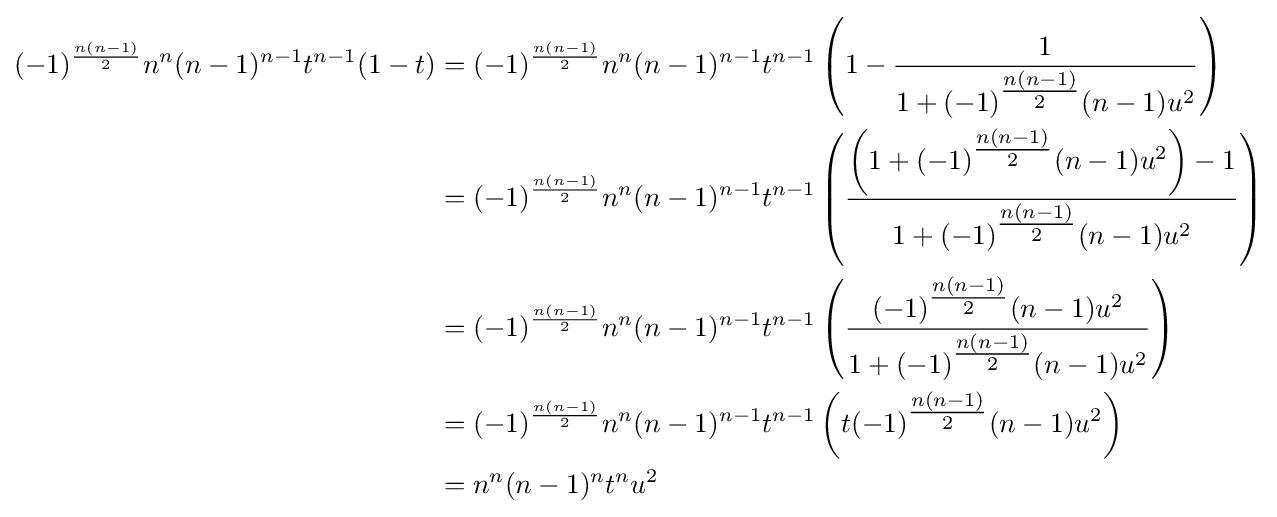
{\begin{aligned}(-1)^{\frac {n(n-1)}{2}}n^{n}(n-1)^{n-1}t^{n-1}(1-t)&=(-1)^{\frac {n(n-1)}{2}}n^{n}(n-1)^{n-1}t^{n-1}\left(1-{\frac {1}{1+(-1)^{\tfrac {n(n-1)}{2}}(n-1)u^{2}}}\right)\\&=(-1)^{\frac {n(n-1)}{2}}n^{n}(n-1)^{n-1}t^{n-1}\left({\frac {\left(1+(-1)^{\tfrac {n(n-1)}{2}}(n-1)u^{2}\right)-1}{1+(-1)^{\tfrac {n(n-1)}{2}}(n-1)u^{2}}}\right)\\&=(-1)^{\frac {n(n-1)}{2}}n^{n}(n-1)^{n-1}t^{n-1}\left({\frac {(-1)^{\tfrac {n(n-1)}{2}}(n-1)u^{2}}{1+(-1)^{\tfrac {n(n-1)}{2}}(n-1)u^{2}}}\right)\\&=(-1)^{\frac {n(n-1)}{2}}n^{n}(n-1)^{n-1}t^{n-1}\left(t(-1)^{\tfrac {n(n-1)}{2}}(n-1)u^{2}\right)\\&=n^{n}(n-1)^{n}t^{n}u^{2}\end{aligned}}